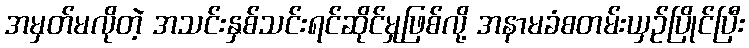
အမှတ်မလိုတဲ့ အသင်းနှစ်သင်းရင်ဆိုင်မှုဖြစ်လို့ အနာမခံစတမ်းယှဉ်ပြိုင်ပြီး